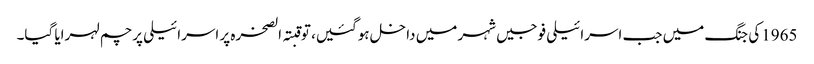
1965کی جنگ میں جب اسرائیلی فوجیں شہر میں داخل ہوگئیں، تو قبتہ الصخرہ پر اسرائیلی پرچم لہرایا گیا۔